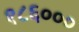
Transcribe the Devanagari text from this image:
१८६०००